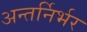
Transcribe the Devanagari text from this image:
अन्तर्निर्भर